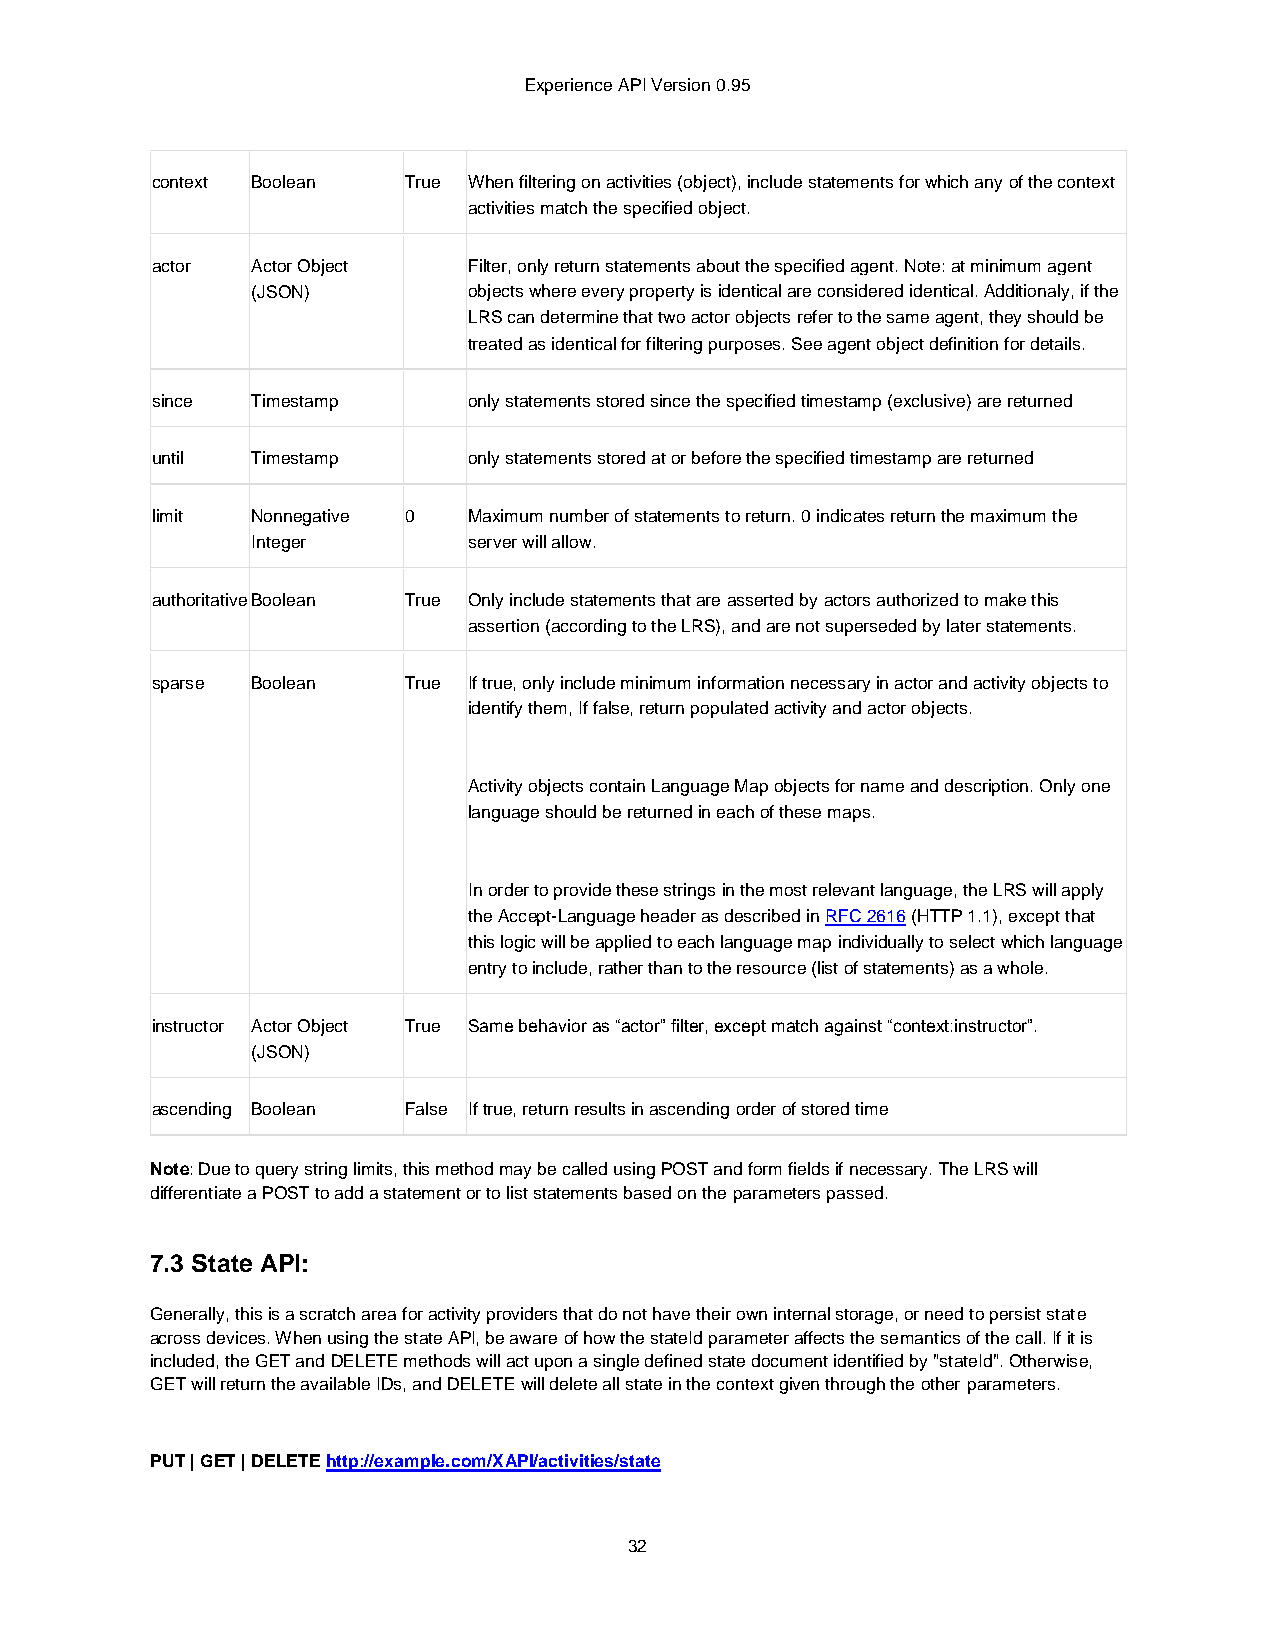
Experience API Version 0.95
 context Boolean  True When filtering on activities (object), include statements for which any of the context
 activities match the specified object.
 actor  Actor Object  Filter, only return statements about the specified agent. Note: at minimum agent
 (JSON)        objects where every property is identical are considered identical. Additionaly, if the
 LRS can determine that two actor objects refer to the same agent, they should be
 treated as identical for filtering purposes. See agent object definition for details.
 since  Timestamp     only statements stored since the specified timestamp (exclusive) are returned
 until  Timestamp     only statements stored at or before the specified timestamp are returned
 limit  Nonnegative 0 Maximum number of statements to return. 0 indicates return the maximum the
 Integer       server will allow.
 authoritative Boolean True Only include statements that are asserted by actors authorized to make this
 assertion (according to the LRS), and are not superseded by later statements.
 sparse Boolean   True If true, only include minimum information necessary in actor and activity objects to
 identify them, If false, return populated activity and actor objects.
 Activity objects contain Language Map objects for name and description. Only one
 language should be returned in each of these maps.
 In order to provide these strings in the most relevant language, the LRS will apply
 the Accept-Language header as described in RFC 2616 (HTTP 1.1), except that
 this logic will be applied to each language map individually to select which language
 entry to include, rather than to the resource (list of statements) as a whole.
 instructor Actor Object True Same behavior as “actor” filter, except match against “context:instructor”.
 (JSON)
 ascending Boolean False If true, return results in ascending order of stored time
 Note: Due to query string limits, this method may be called using POST and form fields if necessary. The LRS will
 differentiate a POST to add a statement or to list statements based on the parameters passed.
 7.3 State API:
 Generally, this is a scratch area for activity providers that do not have their own internal storage, or need to persist state
 across devices. When using the state API, be aware of how the stateId parameter affects the semantics of the call. If it is
 included, the GET and DELETE methods will act upon a single defined state document identified by "stateId". Otherwise,
 GET will return the available IDs, and DELETE will delete all state in the context given through the other parameters.
 PUT | GET | DELETE http://example.com/XAPI/activities/state
 32